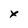
Character: X